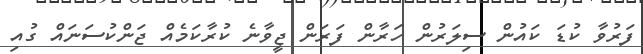
ފަރުވާ ކުޑަ ކައުން ސިލަރުން ހަރާން ފަރަން ޖީވާނެ ކުރާކަމެއް ޖަންކުސަނައް ގުއި